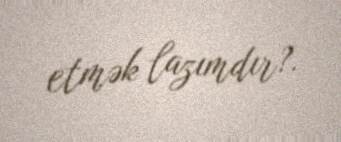
etmək lazımdır?.